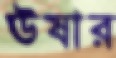
ঊষার